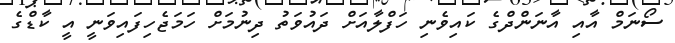
ސޯނަމް އާއި އާނަންދްގެ ކައިވެނި ހަފްލާއަށް ދައުވަތު ދިނުމަށް ހަމަޖެހިފައިވަނީ އީ ކާޑްގެ